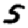
Digit: 5